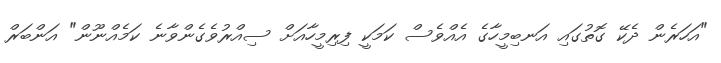
"އަހަރެން ދެކޭ ގޮތުގައި އަނބިމީހާގެ އެއްވެސް ކަމަކީ ފިރިމީހާއަށް ސިއްރުވެގެންވާނެ ކަމެއްނޫން" އަންބަރް